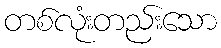
တစ်လုံးတည်းသော